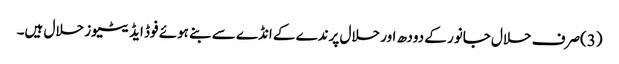
(3)صرف حلال جانور کے دودھ اور حلال پرندے کے انڈے سے بنے ہوئے فوڈ ایڈیٹیوز حلال ہیں۔